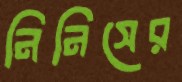
নিনিসের